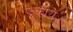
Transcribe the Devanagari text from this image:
झुकायें।